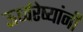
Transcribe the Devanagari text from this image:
ऊर्ध्वरेष्यांनी